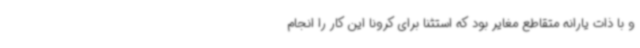
و با ذات یارانه متقاطع مغایر بود که استثنا برای کرونا این کار را انجام